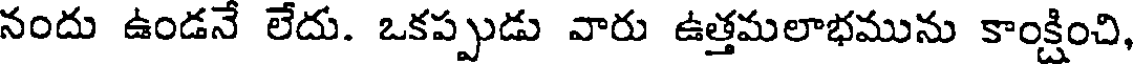
నందు ఉండనే లేదు. ఒకప్పుడు వారు ఉత్తమలాభమును కాంక్షించి,